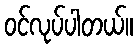
ဝင်လုပ်ပါတယ်။